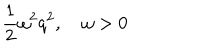
LaTeX: { \frac { 1 } { 2 } } \omega ^ { 2 } q ^ { 2 } , \quad \omega > 0